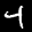
Label: 4